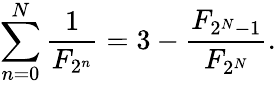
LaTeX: \sum_{n=0}^{N}{\frac{1}{F_{2^{n}}}}=3-{\frac{F_{2^{N}-1}}{F_{2^{N}}}}.